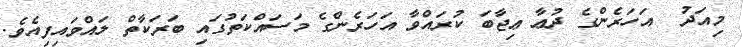
މިއަދު  އަހަރެންގެ ދުޢާ ޢިޖާބަ ކުރައްވާ އަހަރެންގެ މަސައްކަތުގައި ބަރަކާތް ލައްވައިފިއެވެ.